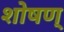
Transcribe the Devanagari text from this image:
शोषण्